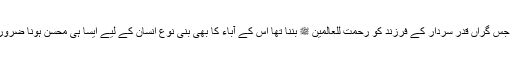
بلا شبہ جس گراں قدر سردار کے فرزند کو رحمت للعالمین ﷺ بننا تھا اس کے آباء کا بھی بنی نوع انسان کے لیے ایسا ہی محسن ہونا ضروری تھا۔